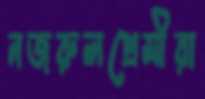
নজরুলপ্রেমীরা